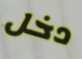
دخل